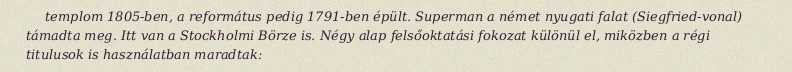
templom 1805-ben, a református pedig 1791-ben épült. Superman a német nyugati falat (Siegfried-vonal) támadta meg. Itt van a Stockholmi Börze is. Négy alap felsőoktatási fokozat különül el, miközben a régi titulusok is használatban maradtak: